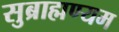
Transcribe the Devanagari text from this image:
सुब्राह्मण्यम